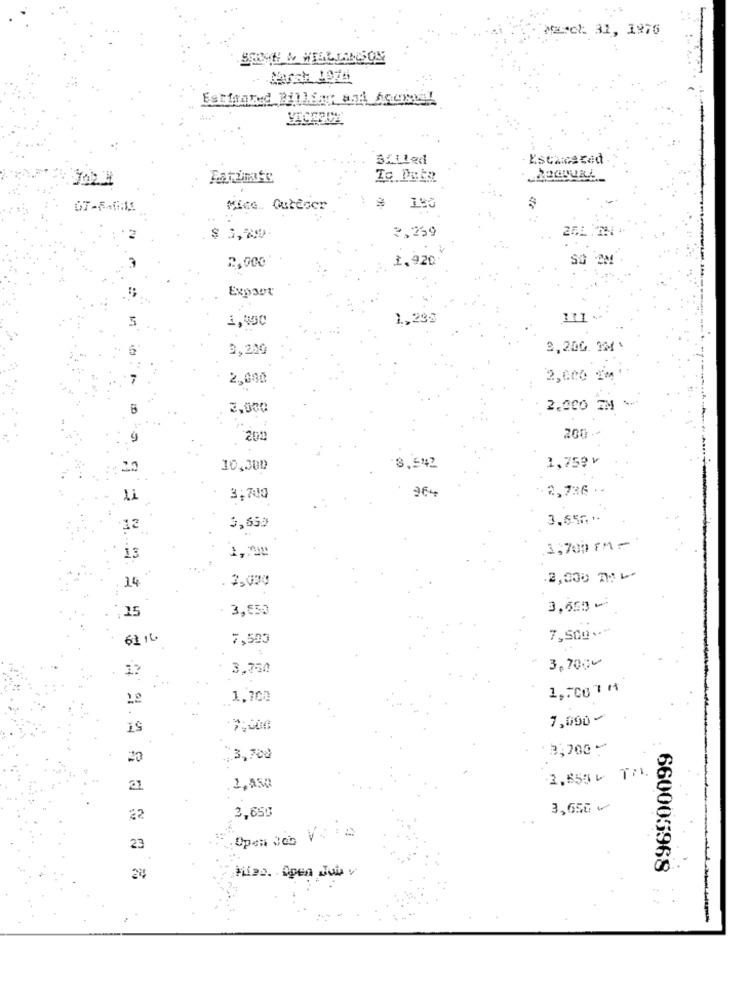
March 31, 1976
Billed
Escacaced
3,259
2,000
1,920
Expoor
1,000
1,299
111
0,200
2,200 MMM \
2,000
2,000
3.000
2,000 2M
200
200
8,542
1,759 v
20
10,000
964
2,736 .
Li
3,700
3,657 ·
5,699
1,700 PM=
13
1,00
14
. 7,000
2,000 TH L
25
3,650
3,550 -
7,500 ---
6216
7,503
3,7000
3,750
1,700 7 M
1.700
7,000 -
19
:$:500
3,700 ***
20
.. 3,700
2,855 6 TAL
21
1,850
3,650
3,650
22
23
660005968
28